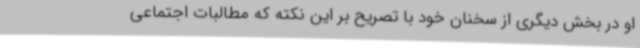
او در بخش دیگری از سخنان خود با تصریح بر این نکته که مطالبات اجتماعی